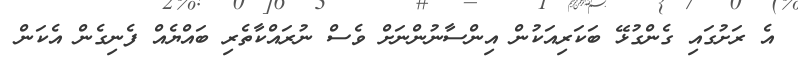
އެ ރަށުގައި ގެންގުޅޭ ބަކަރިއަކުން އިންސާނުންނަށް ވެސް ނުރައްކާތެރި ބައްޔެއް ފެނިގެން އެކަން